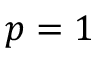
p = 1